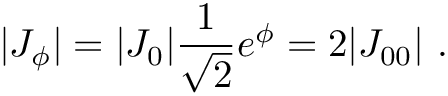
| J _ { \phi } | = | J _ { 0 } | { \frac { 1 } { \sqrt 2 } } e ^ { \phi } = 2 | J _ { 0 0 } | \ .